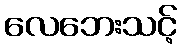
လေဘေးသင့်